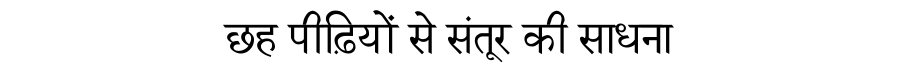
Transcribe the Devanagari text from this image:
छह पीढ़ियों से संतूर की साधना